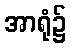
အာရုံ၌